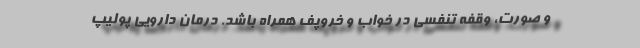
و صورت، وقفه تنفسی در خواب و خروپف همراه باشد. درمان دارویی پولیپ